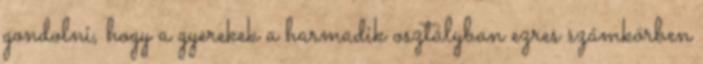
gondolni, hogy a gyerekek a harmadik osztályban ezres számkörben